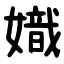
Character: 嬂